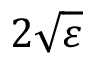
2 \sqrt \varepsilon